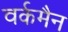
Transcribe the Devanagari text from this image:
वर्कमैन